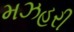
મઝહરી